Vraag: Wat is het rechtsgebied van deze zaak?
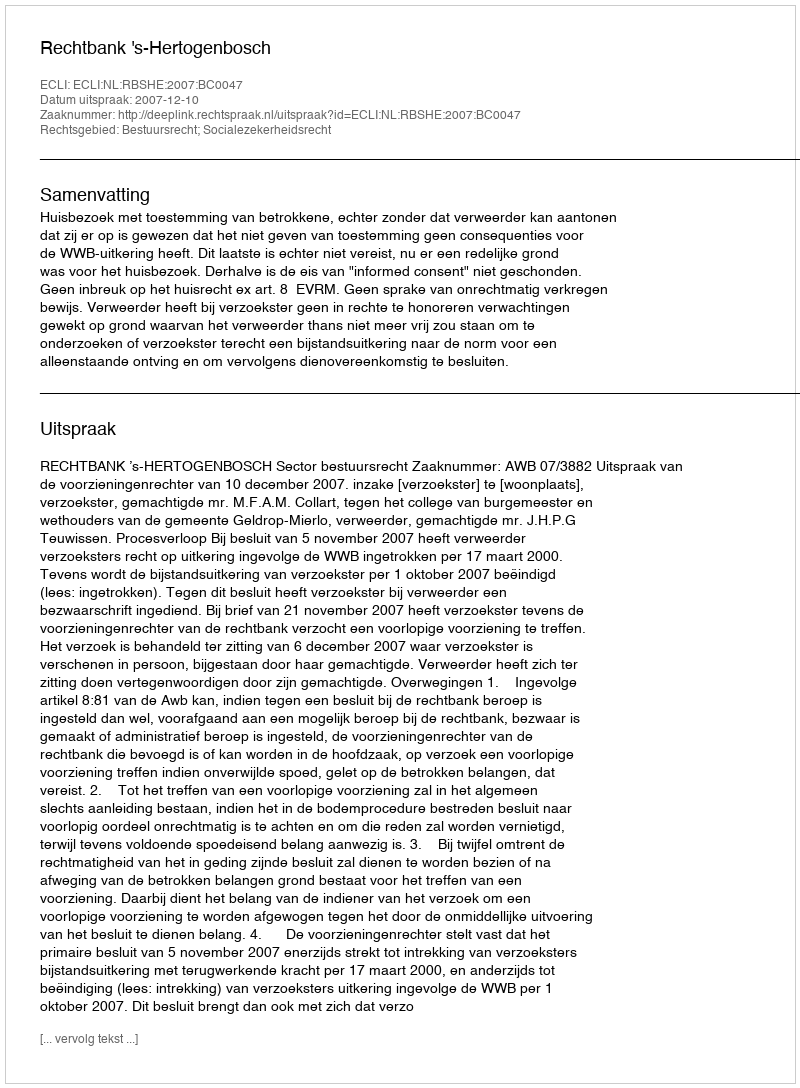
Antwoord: Bestuursrecht; Socialezekerheidsrecht